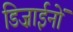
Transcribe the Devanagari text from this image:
डिज़ाईनों